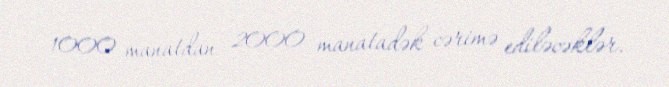
1000 manatdan 2000 manatadək cərimə ediləcəklər.